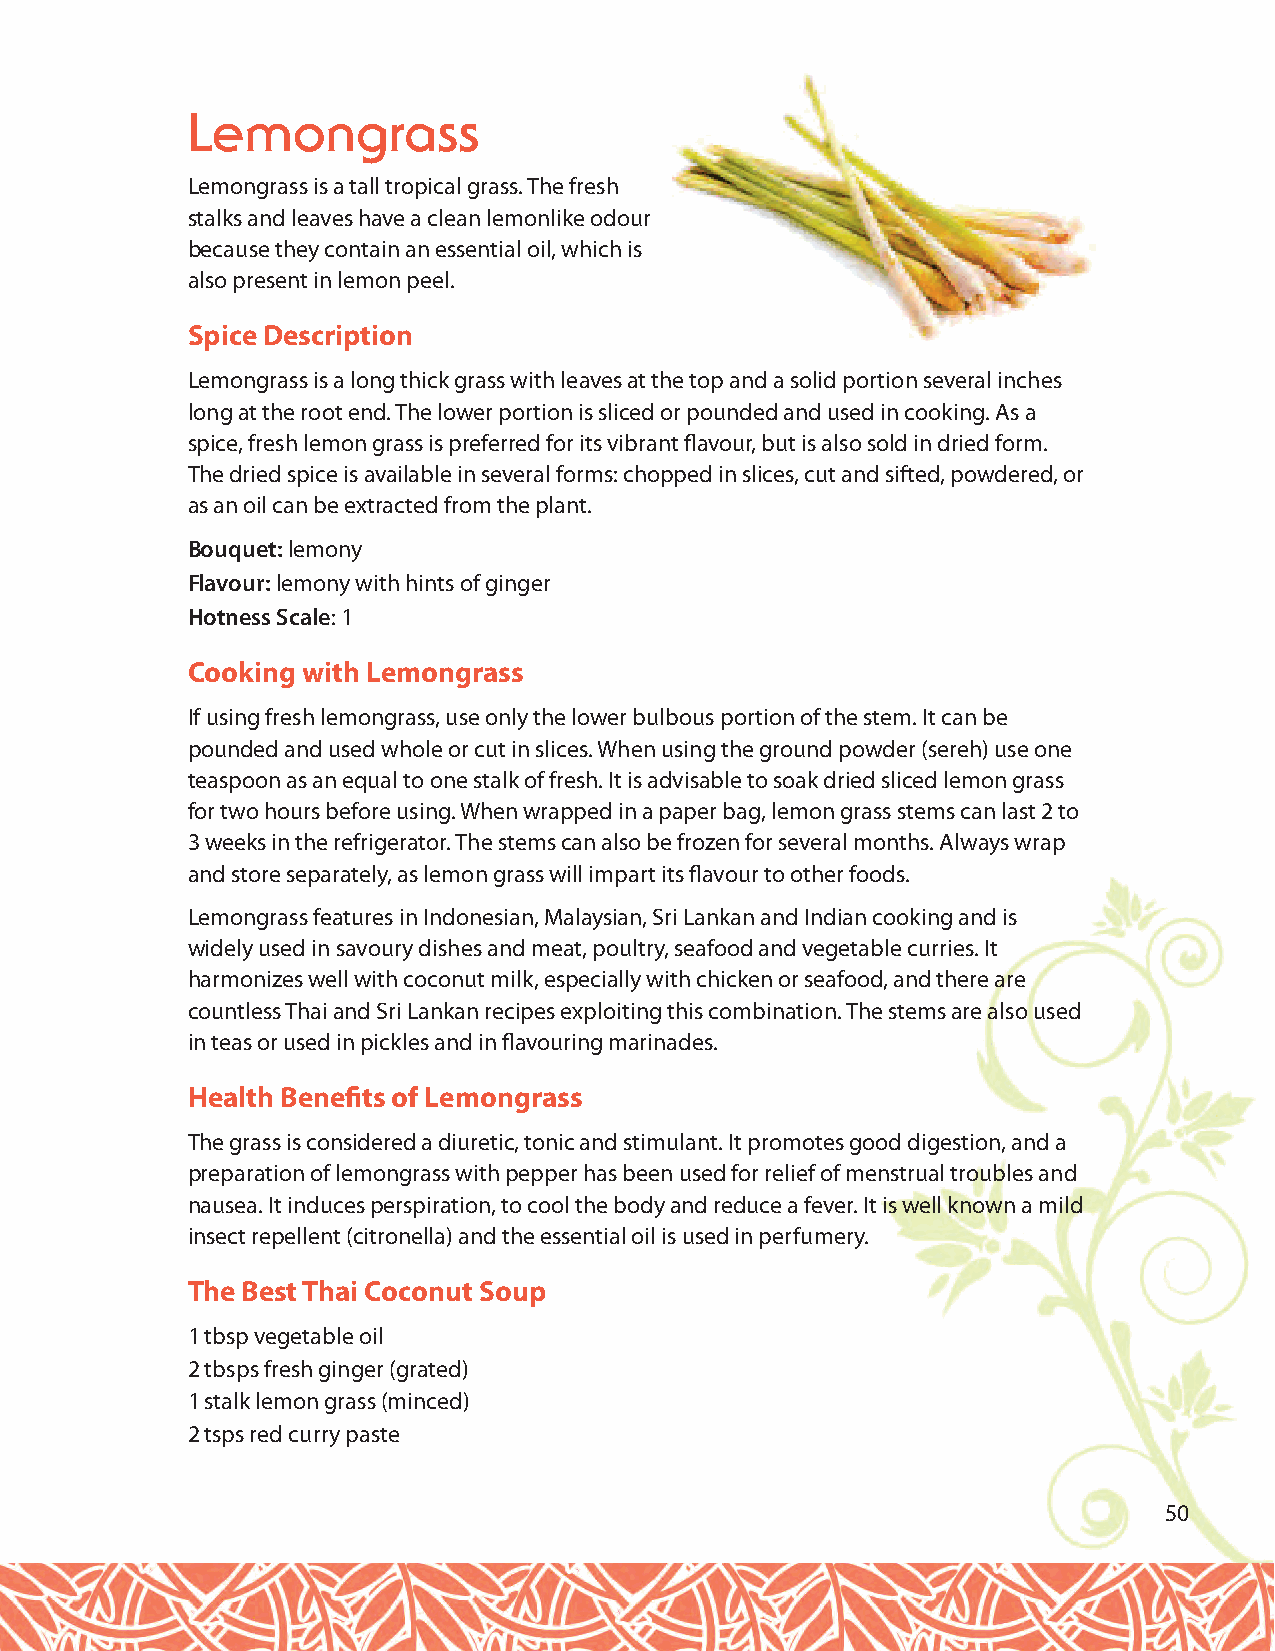
Lemongrass
 Lemongrass is a tall tropical grass. The fresh
 stalks and leaves have a clean lemonlike odour
 because they contain an essential oil, which is
 also present in lemon peel.
 Spice Description
 Lemongrass is a long thick grass with leaves at the top and a solid portion several inches
 long at the root end. The lower portion is sliced or pounded and used in cooking. As a
 spice, fresh lemon grass is preferred for its vibrant flavour, but is also sold in dried form.
 The dried spice is available in several forms: chopped in slices, cut and sifted, powdered, or
 as an oil can be extracted from the plant.
 Bouquet:lemony
 Flavour:lemony with hints of ginger
 Hotness Scale: 1
 Cooking with Lemongrass
 If using fresh lemongrass, use only the lower bulbous portion of the stem. It can be
 pounded and used whole or cut in slices. When using the ground powder (sereh) use one
 teaspoon as an equal to one stalk of fresh. It is advisable to soak dried sliced lemon grass
 for two hours before using. When wrapped in a paper bag, lemon grass stems can last 2 to
 3 weeks in the refrigerator. The stems can also be frozen for several months. Always wrap
 and store separately, as lemon grass will impart its flavour to other foods.
 Lemongrass features in Indonesian, Malaysian, Sri Lankan and Indian cooking and is
 widely used in savoury dishes and meat, poultry, seafood and vegetable curries. It
 harmonizes well with coconut milk, especially with chicken or seafood, and there are
 countless Thai and Sri Lankan recipes exploiting this combination. The stems are also used
 in teas or used in pickles and in flavouring marinades.
 Health Benefits of Lemongrass
 The grass is considered a diuretic, tonic and stimulant. It promotes good digestion, and a
 preparation of lemongrass with pepper has been used for relief of menstrual troubles and
 nausea. It induces perspiration, to cool the body and reduce a fever. It is well known a mild
 insect repellent (citronella) and the essential oil is used in perfumery.
 The Best Thai Coconut Soup
 1 tbsp vegetable oil
 2 tbsps fresh ginger (grated)
 1 stalk lemon grass (minced)
 2 tsps red curry paste
 50